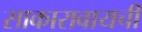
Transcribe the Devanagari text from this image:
साकारावायची